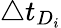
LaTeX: \triangle{t_{D_{i}}}